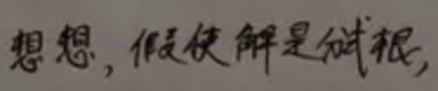
想想, 假使解是純根,